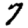
Digit: 7